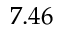
7 . 4 6